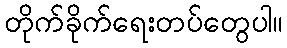
တိုက်ခိုက်ရေးတပ်တွေပါ။